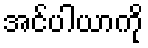
အင်ပါယာကို